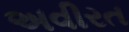
અવીરત